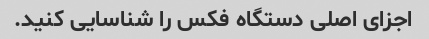
اجزای اصلی دستگاه فکس را شناسایی کنید.